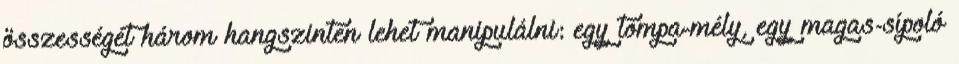
összességét három hangszinten lehet manipulálni: egy tompa-mély, egy magas-sípoló